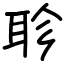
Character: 聄